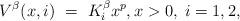
LaTeX: \begin{align*}V^\beta(x,i) \ = \ K_i^\beta x^p, x>0,\;i=1,2,\end{align*}